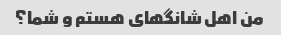
من اهل شانگهای هستم و شما؟